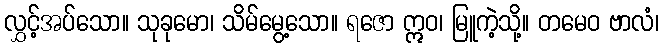
လွှင့်အပ်သော။ သုခုမော၊ သိမ်မွေ့သော။ ရဇော ဣဝ၊ မြူကဲ့သို့။ တမေဝ ဗာလံ၊